Report on the metropolitan horse fairs and district horse shows of 1892-93 - 1892-1893
Year: 1892
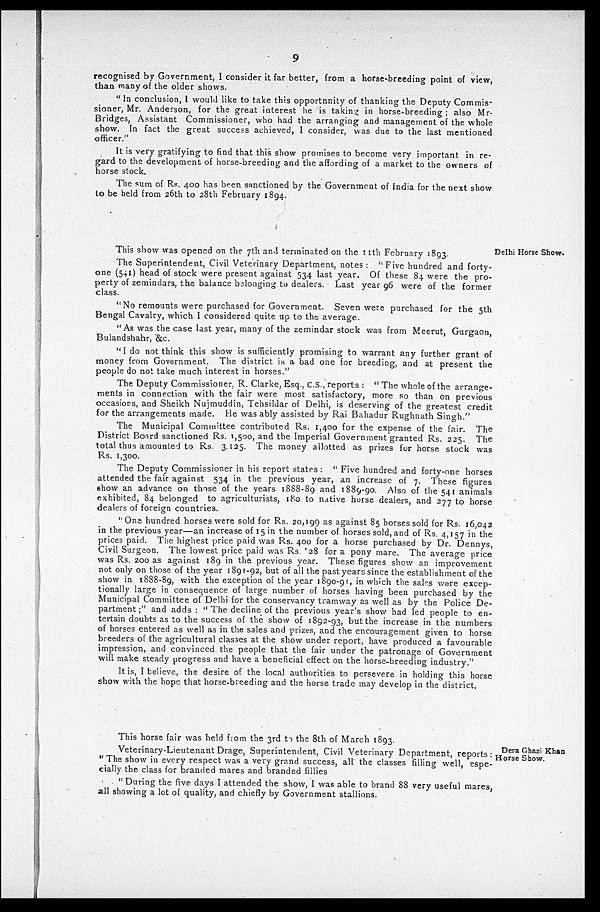
9
recognised by Government, I consider it far better, from a horse-breeding point of view,
than many of the older shows.
" In conclusion, I would like to take this opportunity of thanking the Deputy Commis-
sioner, Mr. Anderson, for the great interest he is taking in horse-breeding; also Mr.
Bridges, Assistant Commissioner, who had the arranging and management of the whole
show. In fact the great success achieved, I consider, was due to the last mentioned
officer."
It is very gratifying to find that this show promises to become very important in re-
gard to the development of horse-breeding and the affording of a market to the owners of
horse stock.
The sum of Rs. 400 has been sanctioned by the Government of India for the next show
to be held from 26th to 28th February 1894.
Delhi Horse Show.
This show was opened on the 7th and terminated on the 11th February 1893.
The Superintendent, Civil Veterinary Department, notes: " Five hundred and forty-
one (541) head of stock were present against 534 last year. Of these 84 were the pro-
perty of zemindars, the balance belonging to dealers. Last year 96 were of the former
class.
"No remounts were purchased for Government. Seven were purchased for the 5th
Bengal Cavalry, which I considered quite up to the average.
"As was the case last year, many of the zemindar stock was from Meerut, Gurgaon,
Bulandshahr, &c.
"I do not think this show is sufficiently promising to warrant any further grant of
money from Government. The district is a bad one for breeding, and at present the
people do not take much interest in horses."
The Deputy Commissioner, R. Clarke, Esq., C. S., reports : " The whole of the arrange-
ments in connection with the fair were most satisfactory, more so than on previous
occasions, and Sheikh Nujmuddin, Tehsildar of Delhi, is deserving of the greatest credit
for the arrangements made. He was ably assisted by Rai Bahadur Rughnath Singh."
The Municipal Committee contributed Rs. 1,400 for the expense of the fair. The
District Board sanctioned Rs. 1,500, and the Imperial Government granted Rs. 225. The
total thus amounted to Rs. 3,125. The money allotted as prizes for horse stock was
Rs. 1,300.
The Deputy Commissioner in his report states: "Five hundred and forty-one horses
attended the fair against 534 in the previous year, an increase of 7. These figures
show an advance on those of the years 1888-89 and 1889-90. Also of the 541 animals
exhibited, 84 belonged to agriculturists, 180 to native horse dealers, and 277 to horse
dealers of foreign countries.
"One hundred horses were sold for Rs. 20,199 as against 85 horses sold for Rs. 16,042
in the previous year—an increase of 15 in the number of horses sold, and of Rs. 4,157 in the
prices paid. The highest price paid was Rs. 400 for a horse purchased by Dr. Dennys,
Civil Surgeon. The lowest price paid was Rs. 28 for a pony mare. The average price
was Rs. 200 as against 189 in the previous year. These figures show an improvement
not only on those of the year 1891-92, but of all the past years since the establishment of the
show in 1888-89, with the exception of the year 1890-91, in which the sales were excep-
tionally large in consequence of large number of horses having been purchased by the
Municipal Committee of Delhi for the conservancy tramway as well as by the Police De-
partment;" and adds: "The decline of the previous year's show had led people to en-
tertain doubts as to the success of the show of 1892-93, but the increase in the numbers
of horses entered as well as in the sales and prizes, and the encouragement given to horse
breeders of the agricultural classes at the show under report, have produced a favourable
impression, and convinced the people that the fair under the patronage of Government
will make steady progress and have a beneficial effect on the horse-breeding industry.''
It is, I believe, the desire of the local authorities to persevere in holding this horse
show with the hope that horse-breeding and the horse trade may develop in the district.
Dera Ghazi Khan
Horse Show.
This horse fair was held from the 3rd to the 8th of March 1893.
Veterinary-Lieutenant Drage, Superintendent, Civil Veterinary Department, reports:
" The show in every respect was a very grand success, all the classes filling well, espe-
cially the class for branded mares and branded fillies
" During the five days I attended the show, I was able to brand 88 very useful mares,
all showing a lot of quality, and chiefly by Government stallions.